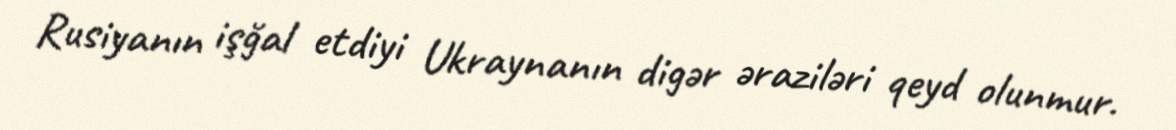
Rusiyanın işğal etdiyi Ukraynanın digər əraziləri qeyd olunmur.